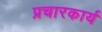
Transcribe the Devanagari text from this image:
प्रचारकार्य